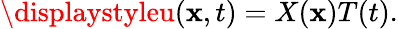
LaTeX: \displaystyleu(\mathbf{x},t)=X(\mathbf{x})T(t).